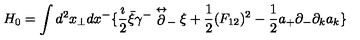
H _ { 0 } = \int d ^ { 2 } x _ { \perp } d x ^ { - } \{ { \frac { \imath } { 2 } } \bar { \xi } \gamma ^ { - } \stackrel { \leftrightarrow } { \partial } _ { - } \xi + { \frac { 1 } { 2 } } ( F _ { 1 2 } ) ^ { 2 } - { \frac { 1 } { 2 } } a _ { + } \partial _ { - } \partial _ { k } a _ { k } \}